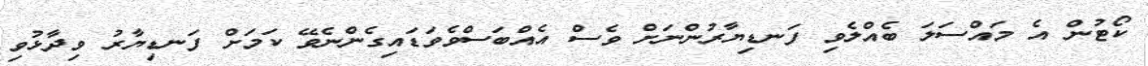
ކޯޓުން އެ މައްސަލަ ބެއްލެވި ފަނޑިޔާރުންނަށް ވެސް އެއްބަސްވެވަޑައިގެންނެވޭ ކަމަށް ފަނޑިޔާރު ވިދާޅުވި